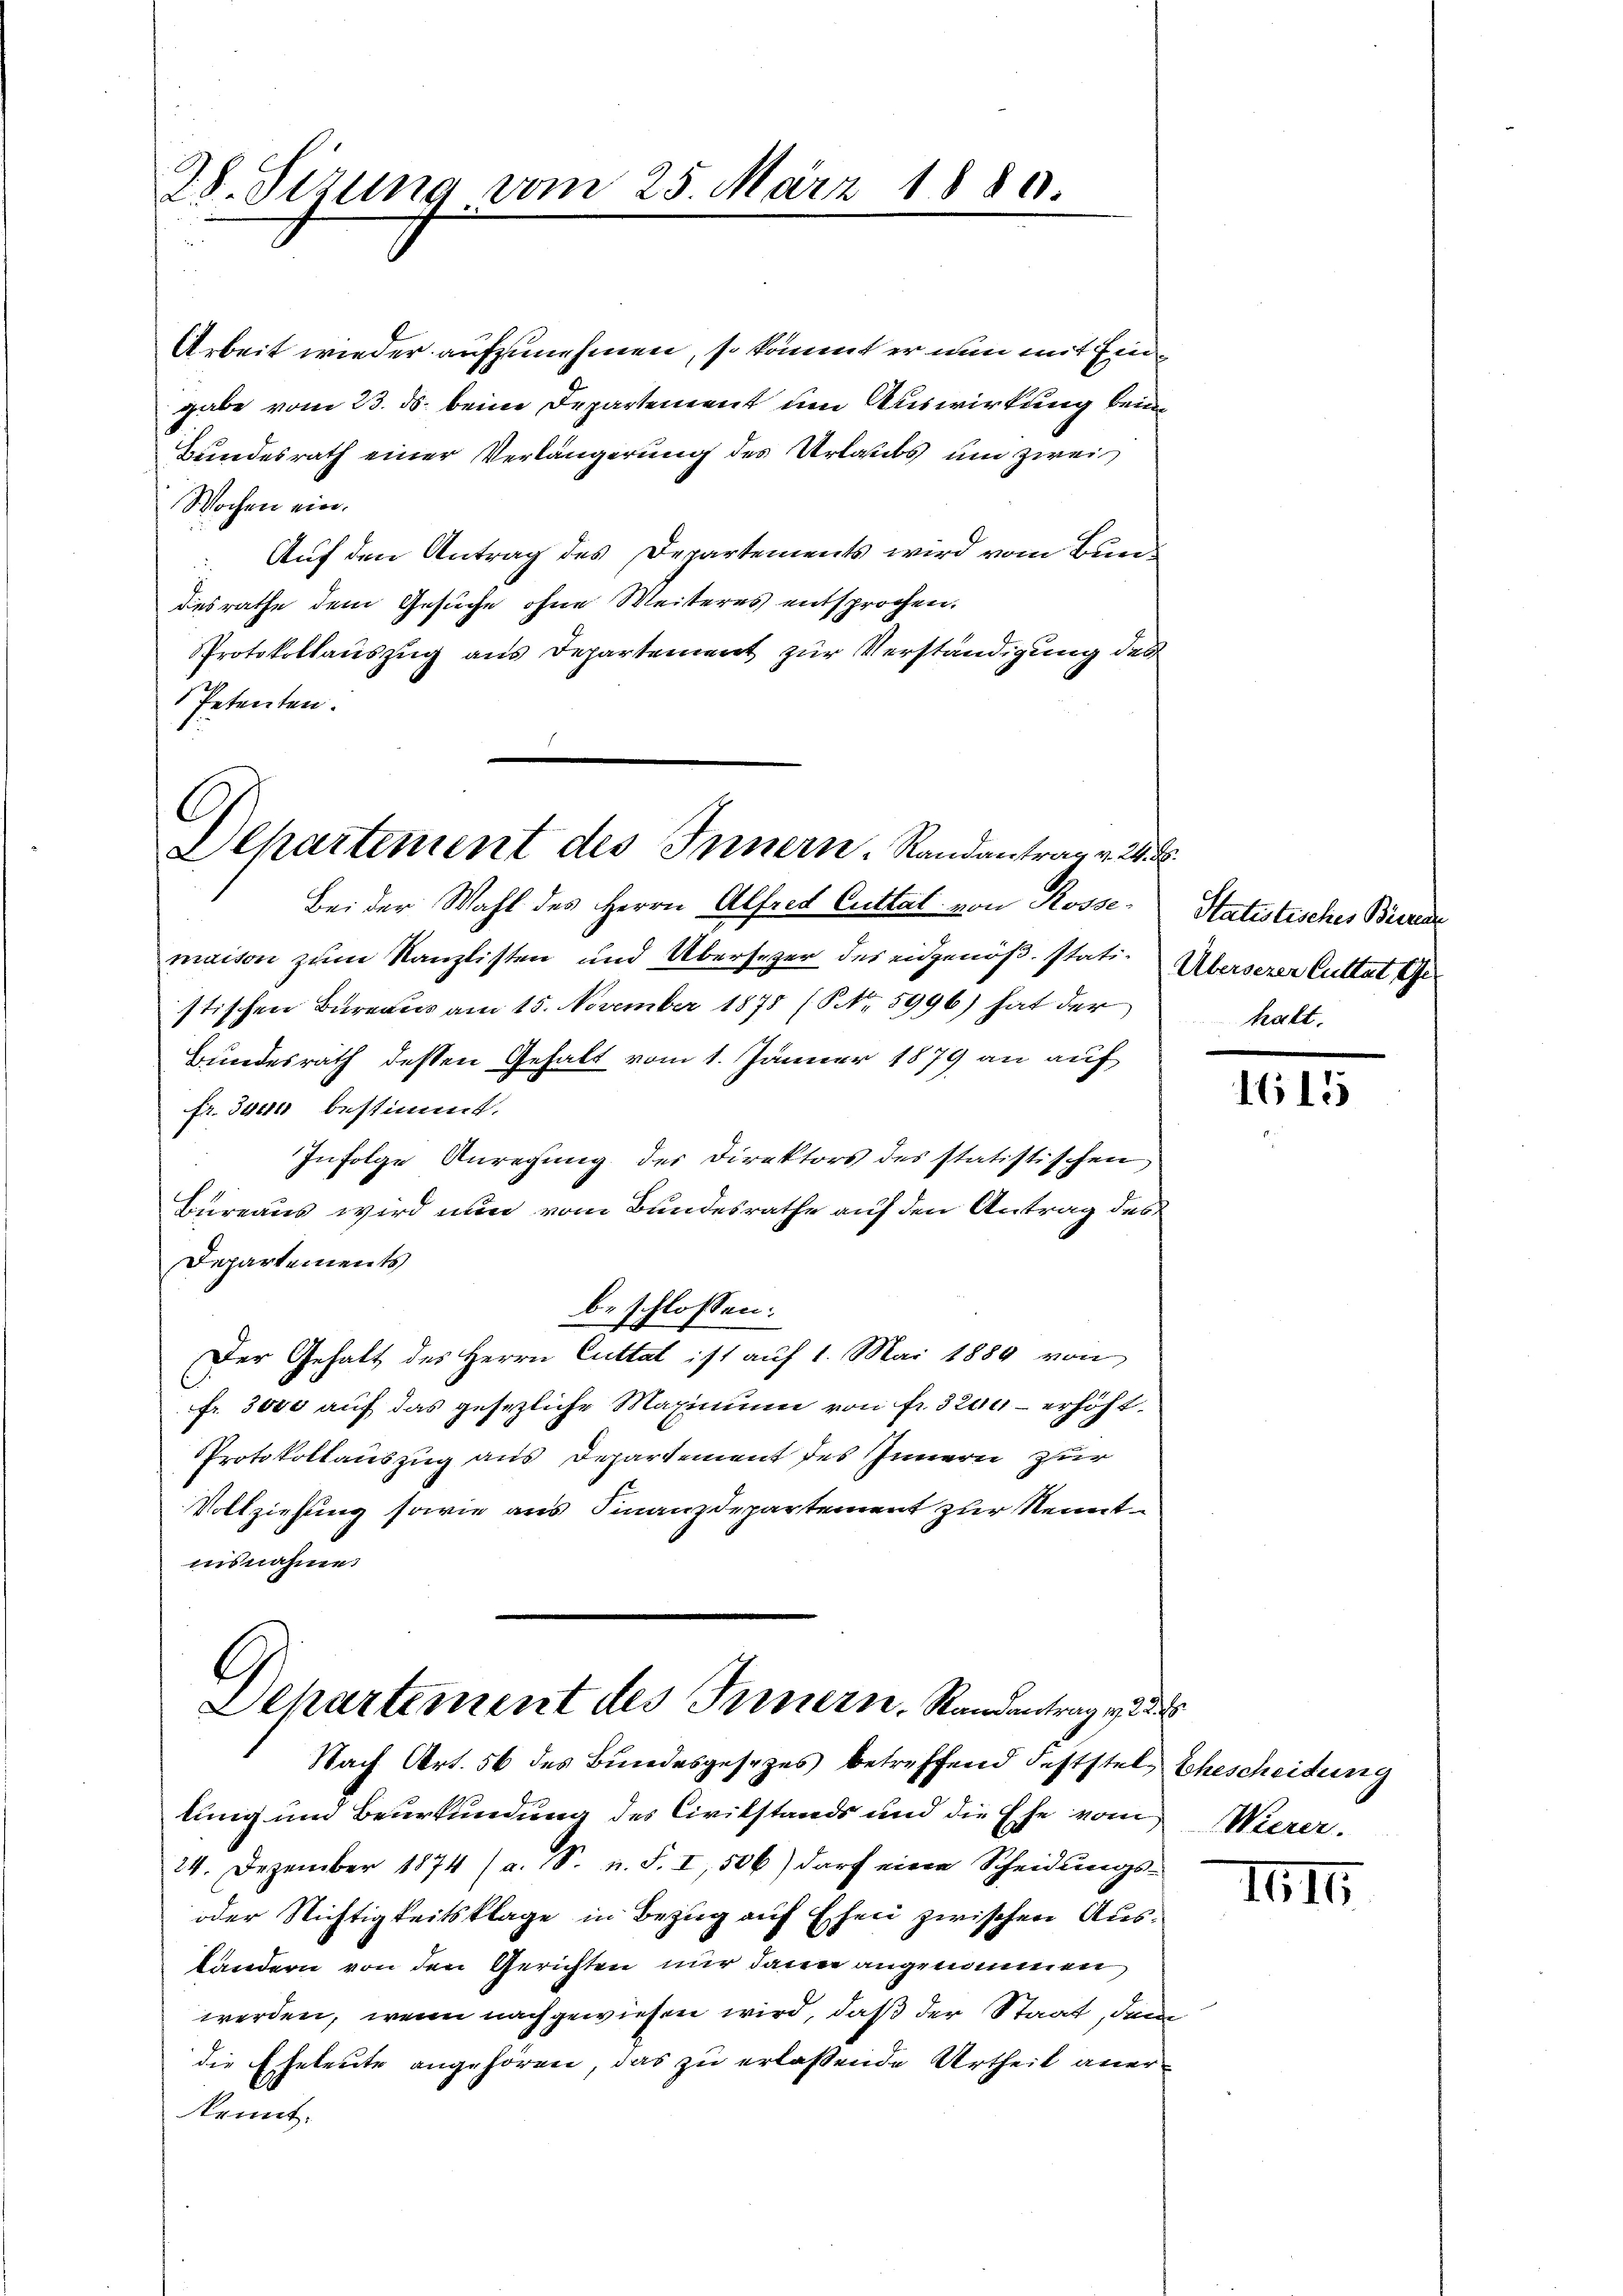
28. Sizung vom 25. März 1880.

Arbeit wieder aufzunehmen, so kommt er nun mit Eingabe vom 23. ds. beim Departement um Auswirkung beim
Bundesrath einer Verlängerung des Urlaubs um zwei
Wochen ein.
Auf den Antrag des Departements wird vom Bundesrathe dem Gesuche ohne Weiteres entsprochen.
Protokollaŭszŭg ans Departement zŭr Verständigung des
Petenten.

G
Alkartement des Innern. Randantrag v. 24. d.

G
Dehartement des Innern. Randantrag ve

Bei der Wahl des Herrn Alfred Cuttal von Rossemaison zum Kanzlisten und Übersezer des eidgenöß. stati. Überserer Cuttat The
stischen Bureaus am 15. November 1878 (NNo. 5996) hat der
Bundesrath dessen Gehalt vom 1. Jänner 1879 an auf
fr. 3000 bestimmt.
Infolge Anregung der Direktors des statistischen
Bureaus wird nun vom Bundesrathe auf den Antrag des
Departements
beschlossen:
Der Gehalt des Herrn Cuttat ist auf 1. Mai 1889 von
fr. 3000 auf das gesezliche Maximum von fr. 3200 - erhöht.
PProtokollauszug aus Departement des Innern zur
Vollziehung sowie aus Finanzdepartement zur Kenntinsnahme.

Nach Art. 56 des Bundesgesezes betreffend Feststel, Ehescheidung
lung und Beurkundung des Civilstands und die Ehe vom Wierer.
24. Dezember 1874 (a. S. n. F. I, 506) darf eine Scheidungs-
oder Nichtigkeitsklage in Bezug auf Ehen zwischen Ausländern von den Gerichten nur dann angenommen,
werden, wenn nachgewiesen wird, daß der Staat, dem
die Eheleute angehören, das zu erlassende Urtheil anerkonnt.

Statistisches Büreau
halt.

1615

IIII.